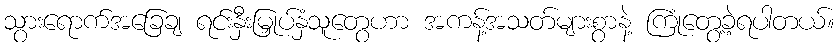
သွားရောက်အခြေချ ရင်းနှီးမြှုပ်နှံသူတွေဟာ အကန့်အသတ်များစွာနဲ့ ကြုံတွေ့ခဲ့ရပါတယ်။